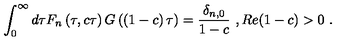
\int _ { 0 } ^ { \infty } d \tau F _ { n } \left( \tau , c \tau \right) G \left( \left( 1 - c \right) \tau \right) = { \frac { \delta _ { n , 0 } } { 1 - c } } \ , R e ( 1 - c ) > 0 \ .